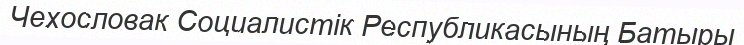
Чехословак Социалистік Республикасының Батыры